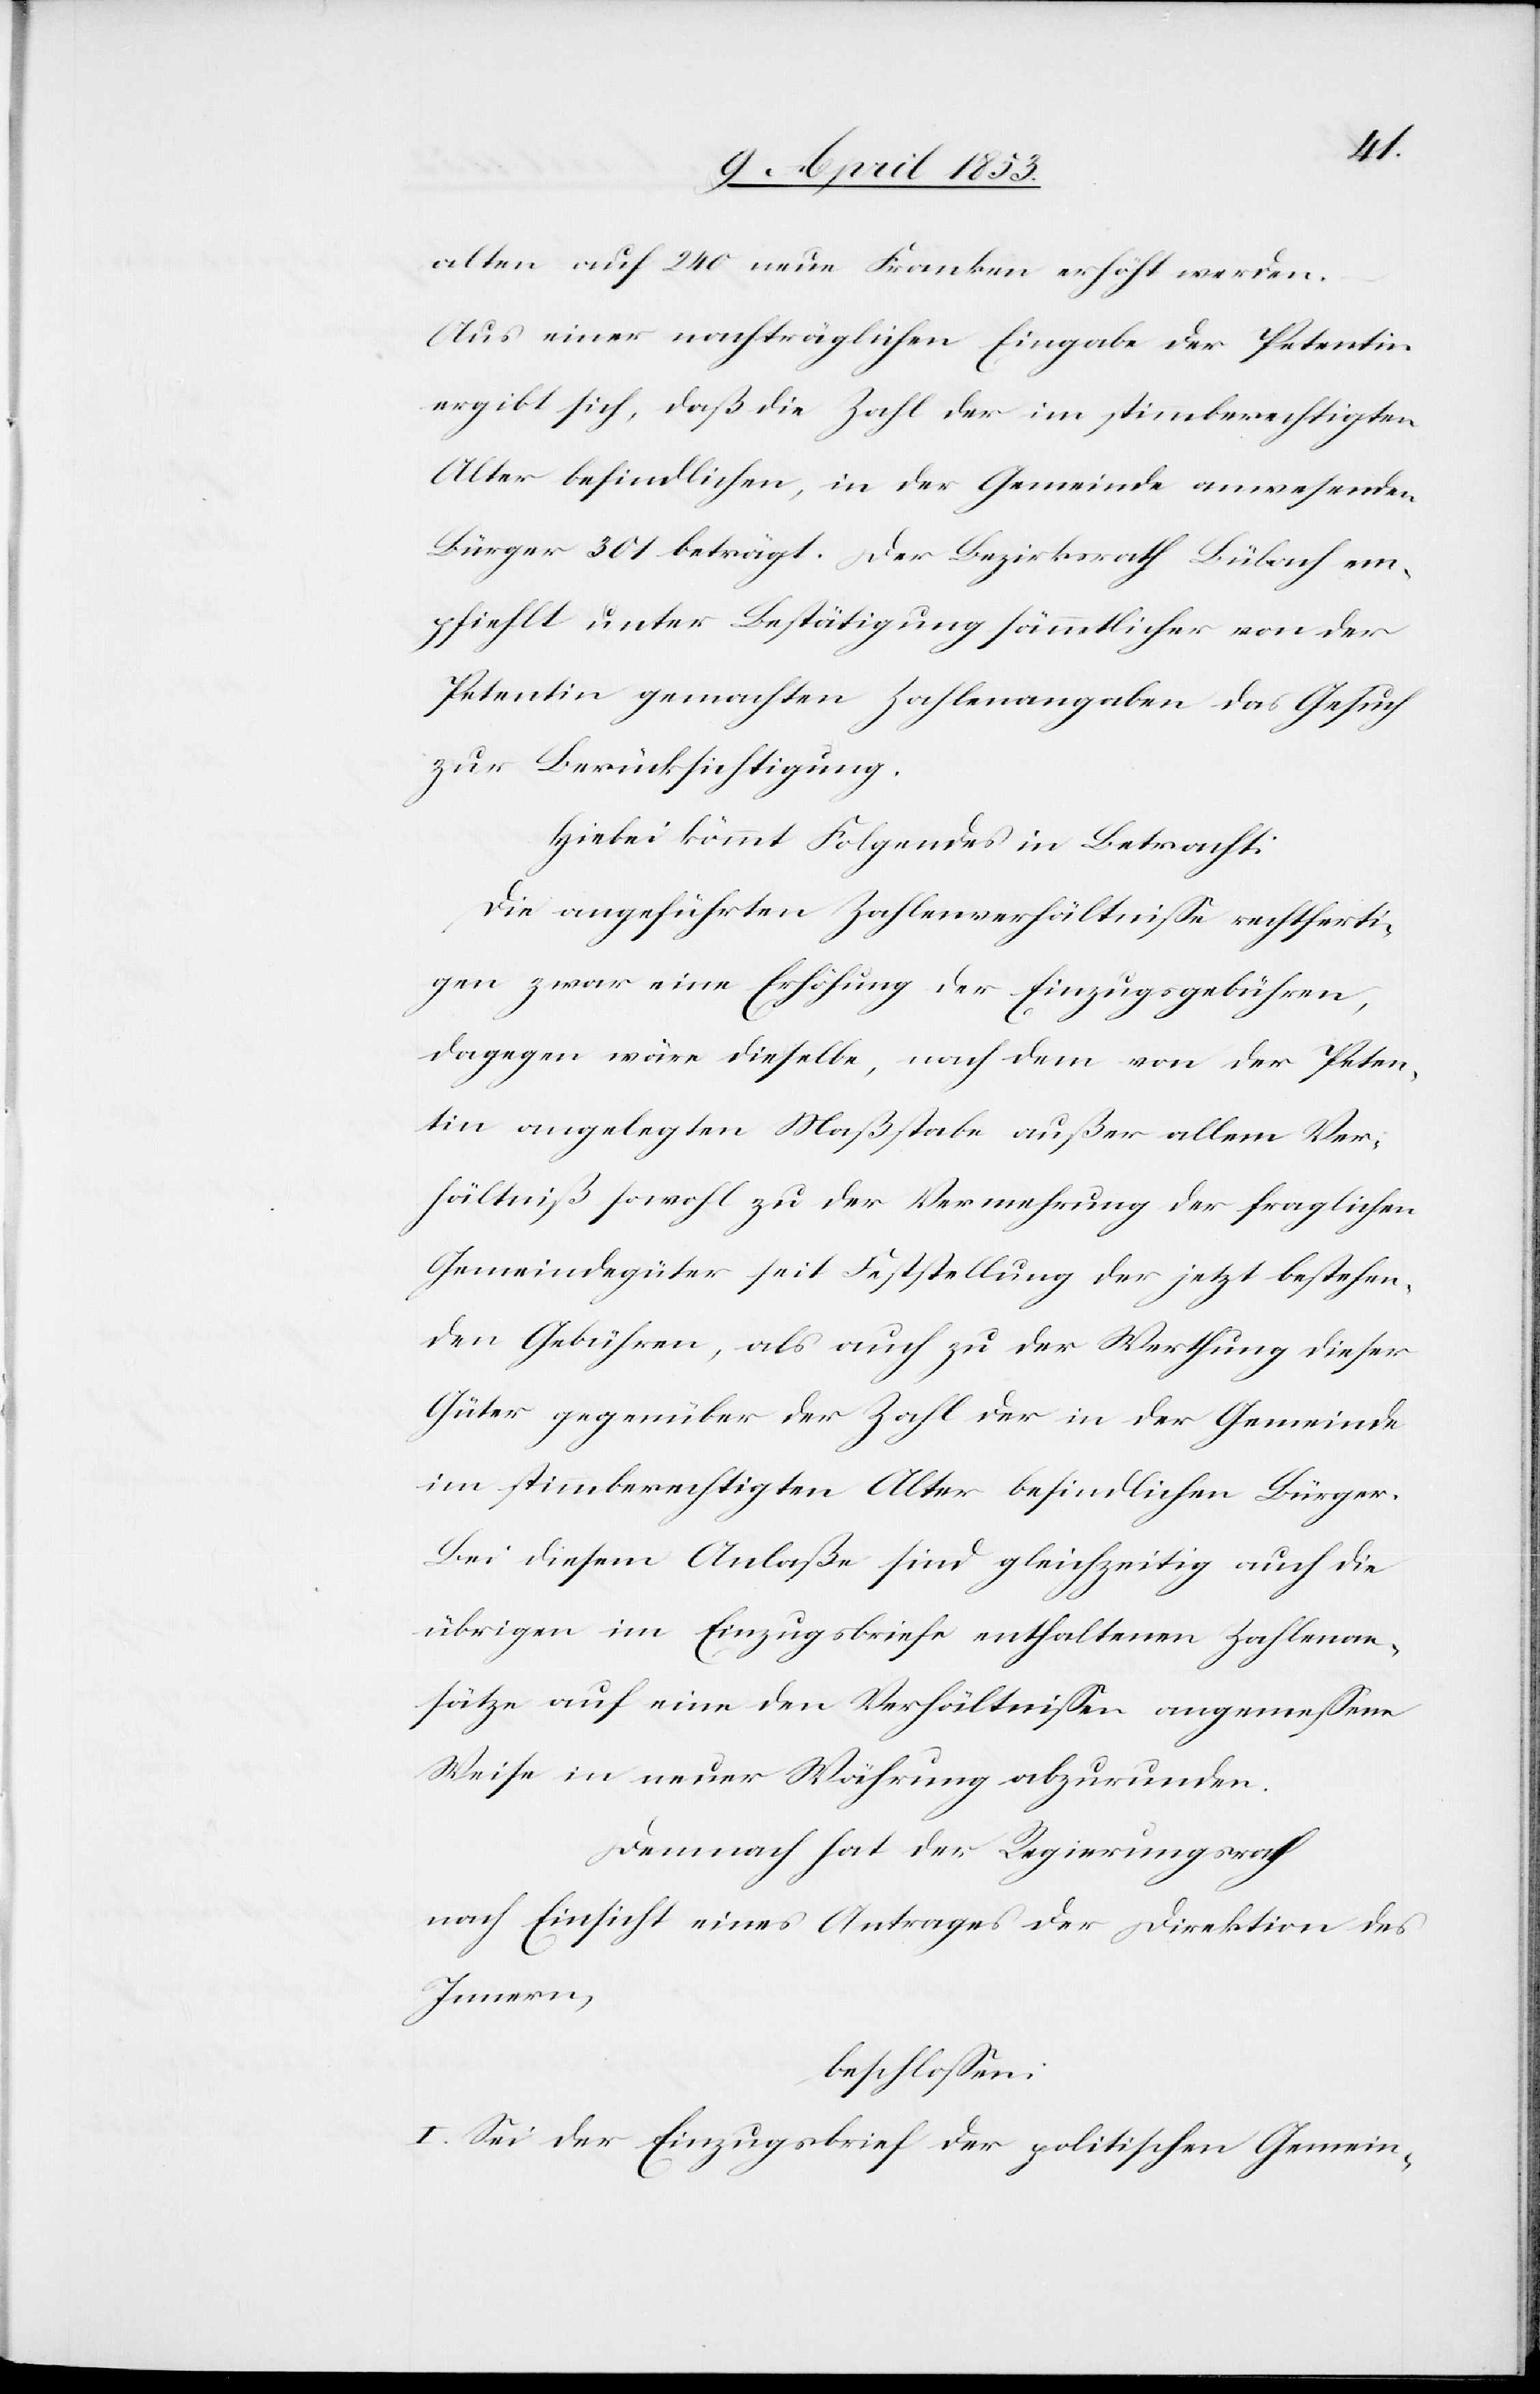
alten auf 240 neue Franken erhöht werden.
Aus einer nachträglichen Eingabe der Petentin
ergibt sich, daß die Zahl der im stimmberechtigten
Alter befindlichen, in der Gemeinde anwesenden
Bürger 301 beträgt. Der Bezirksrath Bülach em¬
pfiehlt unter Bestätigung sämmtlicher von der
Petentin gemachten Zahlenangaben das Gesuch
zur Berücksichtigung.
Hiebei kömmt Folgendes in Betracht:
Die angeführten Zahlenverhältniße rechtferti¬
gen zwar eine Erhöhung der Einzugsgebühren,
dagegen wäre dieselbe, nach dem von der Peten¬
tin angelegten Maßgabe außer allem Ver¬
hältniß sowohl zu der Vermehrung der fraglichen
Gemeindegüter seit Feststellung der jetzt bestehen¬
den Gebühren, als auch zu der Werthung dieser
Güter gegenüber der Zahl der in der Gemeinde
im stimmberechtigten Alter befindlichen Bürger.
Bei diesem Anlaße sind gleichzeitig auch die
übrigen im Einzugsbriefe enthaltenen Zahlenan¬
sätze auf eine den Verhältnißen angemeßene
Weise in neuer Währung abzurunden.
Demnach hat der Regierungsrath
nach Einsicht eines Antrages der Direktion des
Innern,
beschloßen:
I. Sei dem Einzugsbrief der politischen Gemein-